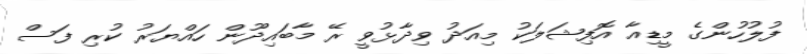
ފުލުހުންގެ މީޑިއާ އޮފިޝަލަކު މިއަދު ވިދާޅުވީ ރޭ މާބައިދޫން ހައްޔަރު ކުރި ފަސް